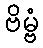
ဗိမ္ဗံ